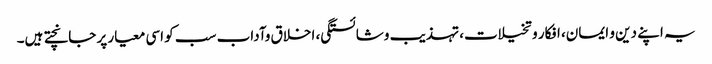
یہ اپنے دین و ایمان، افکار و تخیلات، تہذیب وشائستگی، اخلاق وآداب سب کو اسی معیار پر جانچتے ہیں۔